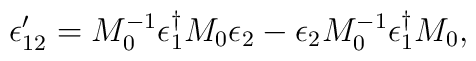
\epsilon'_{12} = M_0^{-1} \epsilon_1^{\dagger} M_0 \epsilon_2-\epsilon_2 M_0^{-1}\epsilon_1^{\dagger} M_0,